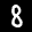
Label: 8